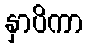
နှာပိကာ